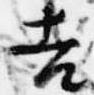
吉